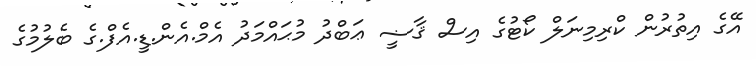
އޭގެ އިތުރުން ކްރިމިނަލް ކޯޓުގެ އިސް ޤާޟީ ޢަބްދު މުޙައްމަދު އެމް.އެން.ޑީ.އެފް.ގެ ބެލުމުގެ